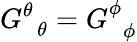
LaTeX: G_{\, \, \, \theta}^{\theta}=G_{\, \, \, \phi}^{\phi}